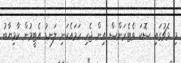
މި މެޗުގައި ސޮކަ ވެޓެރަންސް އިން ޖެހި ހަމައެކަނި ލަނޑު އެޓީމުން ކާމިޔާބު